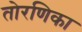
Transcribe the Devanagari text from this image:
तोरणिका